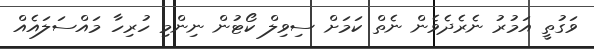
ވަގުތީ އަމުރު ނެރެދެވެން ނެތް ކަމަށް ސިވިލް ކޯޓުން ނިންމި ހުރިހާ މައްސަލައެއް